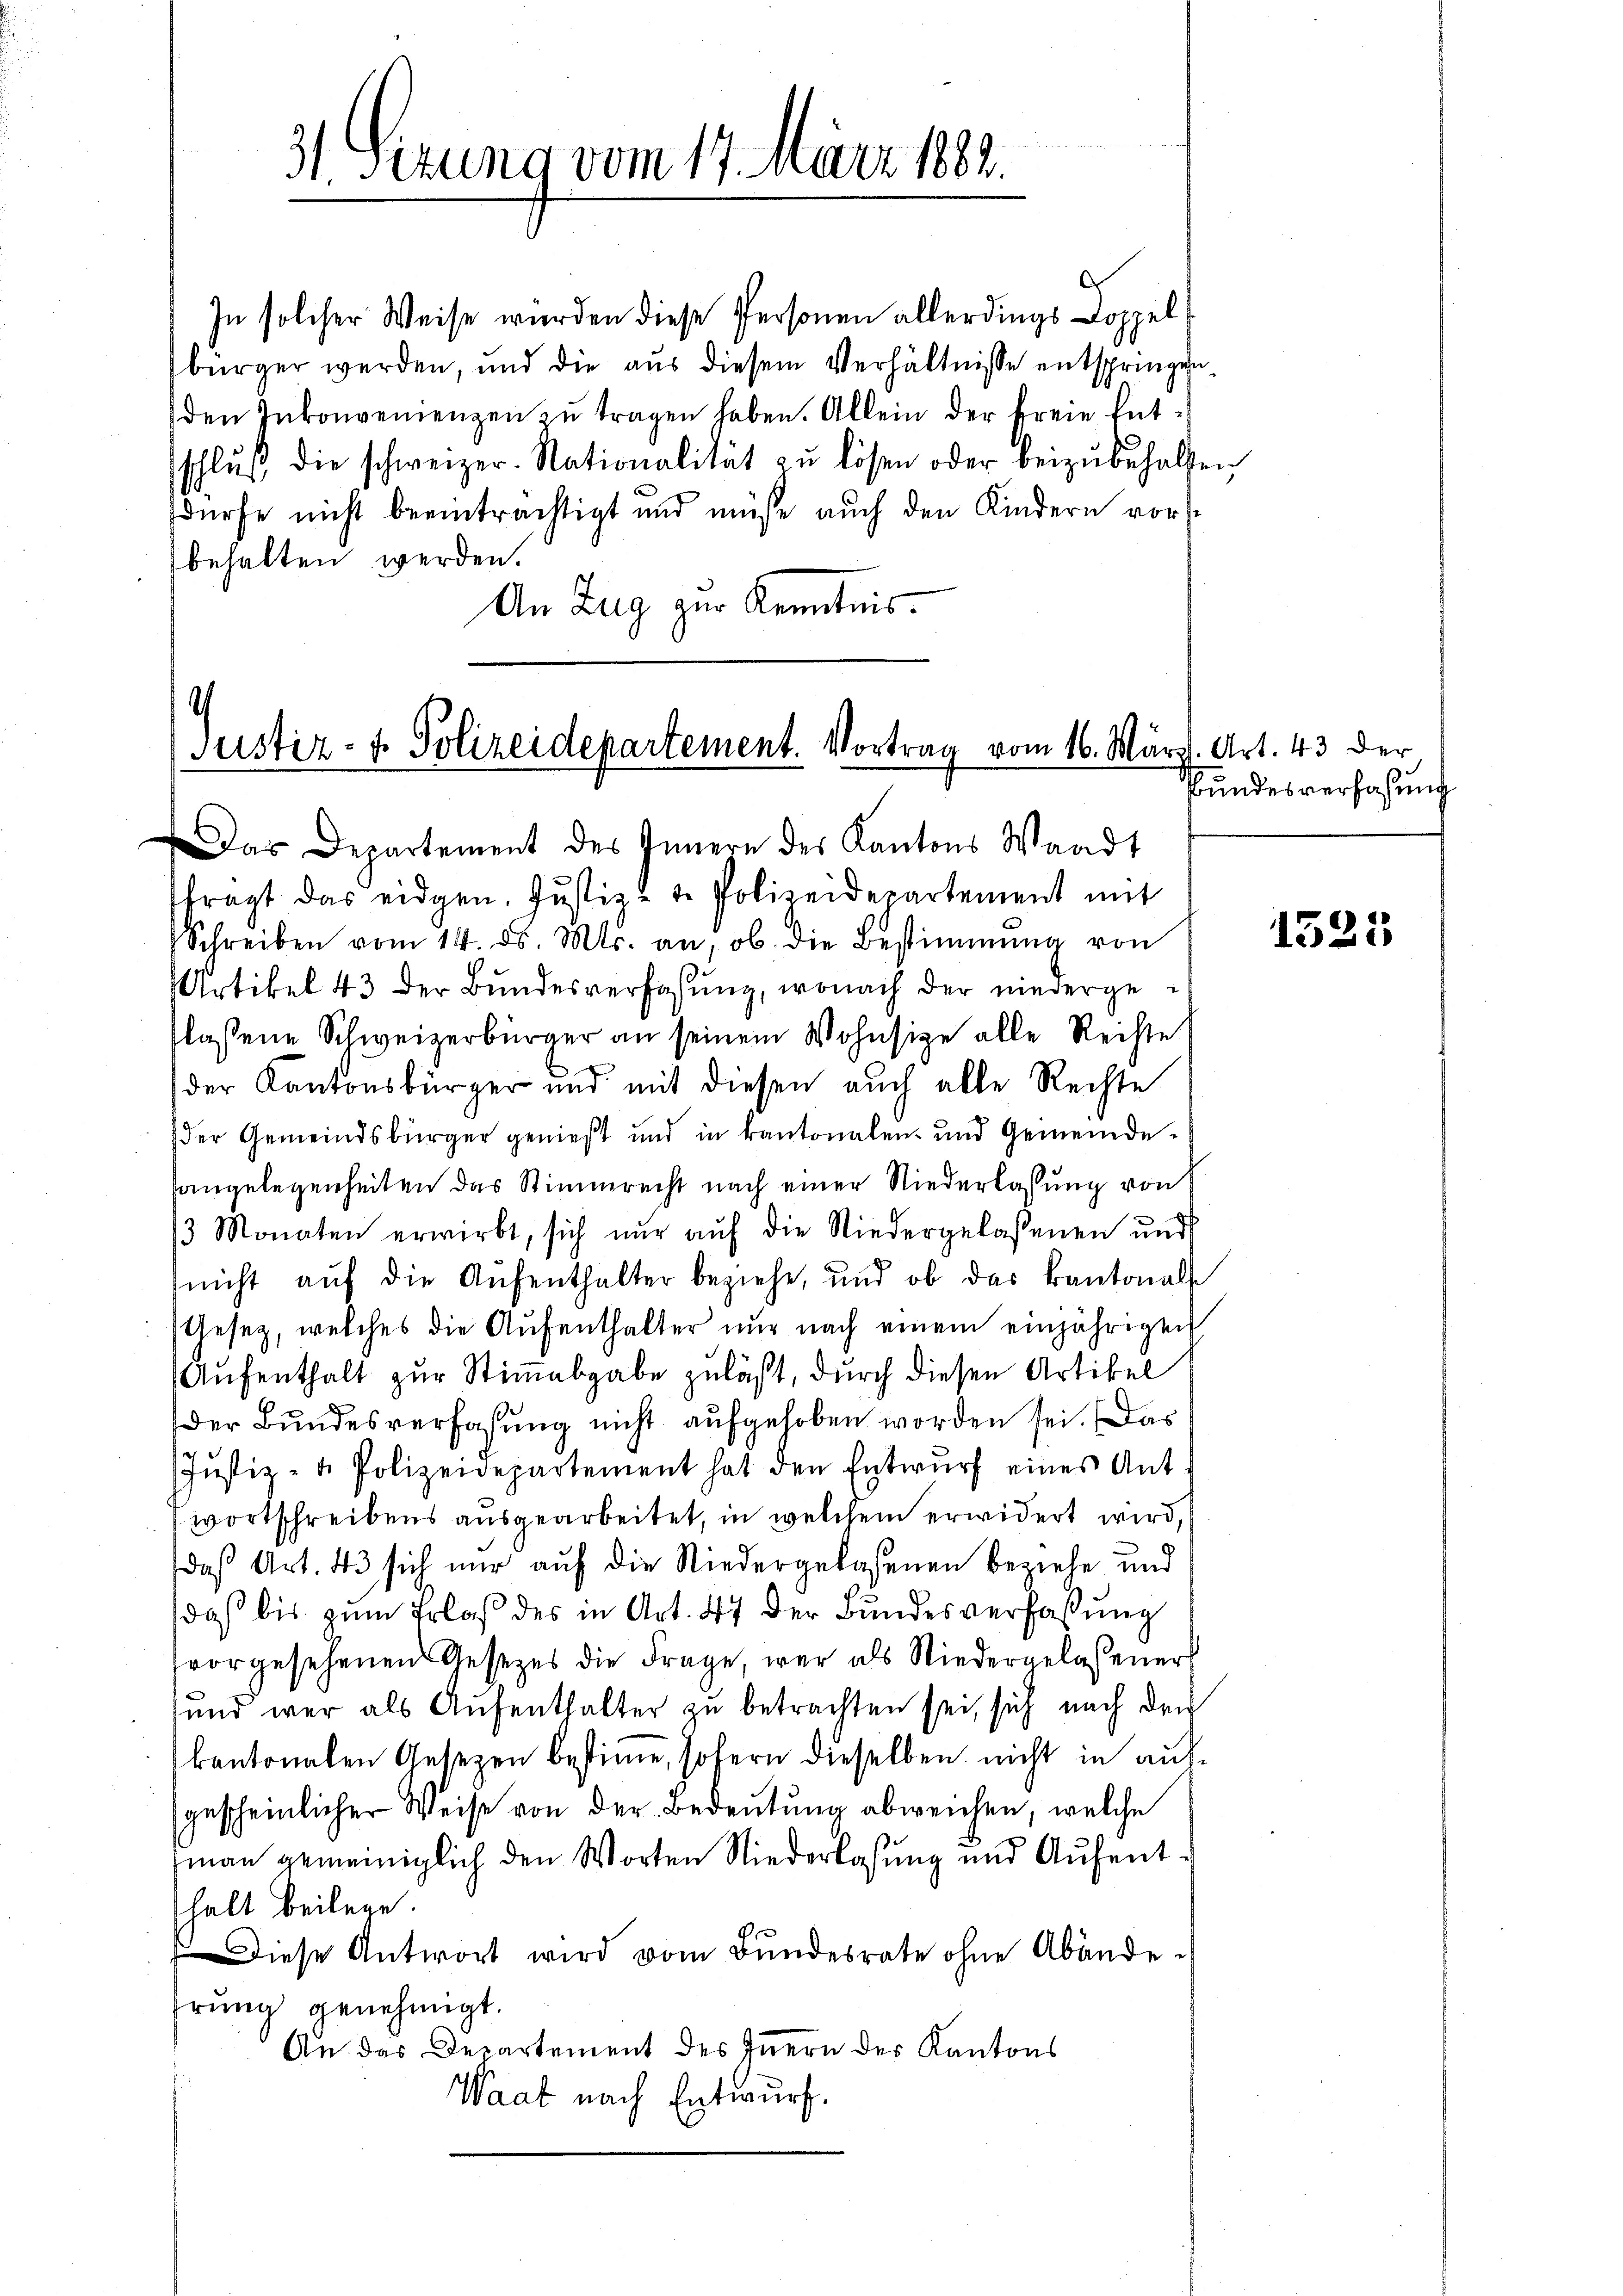
31 Sezung vom 17. März 1882.

In solcher Weise wurden diese Personen allerdings Doppel
bürger werden, und die aus diesem Verhältnisse entspringen,
den Inkonvenienzen zŭ tragen haben. Allein der freie Entschlŭβ die schweizer-Nationalität zŭ lösen oder beizŭbehalten
dürfe nicht beeinträchtigt und müße auch den Kindern vors
behalten werden.
An Zug zur Kenntnis.

.
Justiz- & Polizeidepartement. Vortrag vom 16. März
Das Departement des Innern des Kantons Waadt

tragt das eidgen. Justiz- & Polizeidepartement mit
Schreiben vom 14. ds. Mts. an, ob die Bestimmung von
Artikel 43 der Bundesverfassung, wonach der niedergeflassene Schweizerbürger an seinem Wohnsize alle Reiste
der Kantonsbürger und mit diesen auch alle Rechte
der Gemeindsbürger genießt und in kantonalen- und Gemeindesangelegenheiten das Stimmrecht nach einer Niederlassung von
3 Monaten erwirbt, sich nŭr aŭf die Niedergelassenen und
(nicht auf die Aufenthalter beziehe, und ob das Kantonals
Gesetz, welches die Aufenthalter nur nach einem einjährigen
Aufenthalt zur Stimmabgabe zuläßt, durch diesen Artikel
Der Bundesverfaßung nicht aufgehoben worden sei. Das
Jŭstiz- u. Polizeidepartement hat den Entwŭrf eines Ant-
wortschreibens ausgearbeitet, in welchem erwidert wird,
daß Art. 43 sich nur auf die Niedergelassenen beziehe und
daß bis zum Erlaß des in Art. 47 der Bundesverfaßung
vorgesehenen Gesezes die Frage, war als Niedergelassener
und war als Aufenthalter zu betrachten sei, sich nach den
kantonalen Gesetzen bestimme, sofern dieselben nicht in aufgescheinlicher Weise von der Bedeutung abweichen, welche
man gemeiniglich den Worten Niederlassung und Aufenthalt beilege
Diese Antwort wird vom Bundesrate ohne Abändehrung genehmigt.
An das Departement des Innern der Kantons
Waat nach Entwurf.

Art. 43 der
Bundesverfaßung

1525